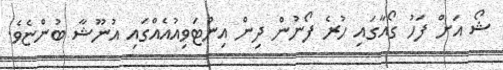
ޝޯ އަށް ފަހު ގޯއާގައި ހުރެ ފޯނުން ދިން އިންޓަވިއުއެއްގައި އުނޫޝާ ބުންޏެވެ.